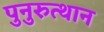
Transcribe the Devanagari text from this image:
पुनुरुत्थान